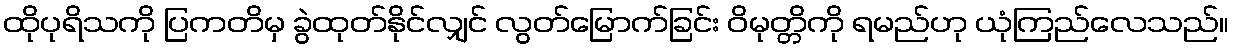
ထိုပုရိသကို ပြကတိမှ ခွဲထုတ်နိုင်လျှင် လွတ်မြောက်ခြင်း ဝိမုတ္တိကို ရမည်ဟု ယုံကြည်လေသည်။